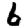
Digit: 6